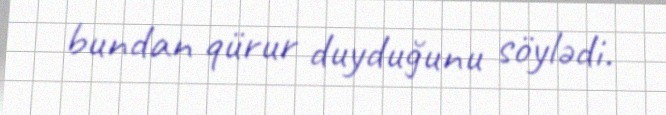
bundan qürur duyduğunu söylədi.